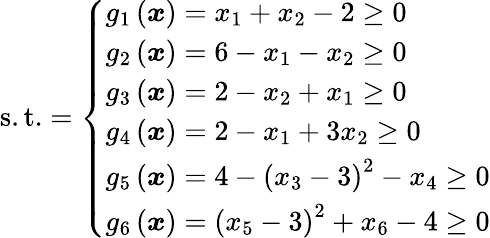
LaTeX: {\mathrm{s.t.}}={\left\{ \begin{array}{ll}{g_{1}\left({\boldsymbol{x}}\right)=x_{1}+x_{2}-2\geq 0}\\ {g_{2}\left({\boldsymbol{x}}\right)=6-x_{1}-x_{2}\geq 0}\\ {g_{3}\left({\boldsymbol{x}}\right)=2-x_{2}+x_{1}\geq 0}\\ {g_{4}\left({\boldsymbol{x}}\right)=2-x_{1}+3x_{2}\geq 0}\\ {g_{5}\left({\boldsymbol{x}}\right)=4-\left(x_{3}-3\right)^{2}-x_{4}\geq 0}\\ {g_{6}\left({\boldsymbol{x}}\right)=\left(x_{5}-3\right)^{2}+x_{6}-4\geq 0}\end{array}\right.}